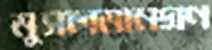
মুসলমানগণ